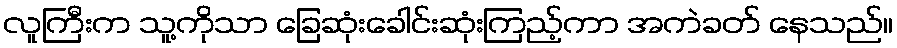
လူကြီးက သူ့ကိုသာ ခြေဆုံးခေါင်းဆုံးကြည့်ကာ အကဲခတ် နေသည်။